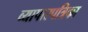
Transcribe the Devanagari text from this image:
व्यापारपत्रिका